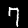
Label: 7